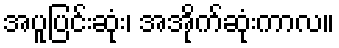
အပူပြင်းဆုံး၊ အအိုက်ဆုံးကာလ။